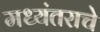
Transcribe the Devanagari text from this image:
मध्यंतराचे